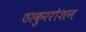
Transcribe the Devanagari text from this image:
ठाकुररोशन